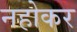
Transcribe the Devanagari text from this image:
नहोकर